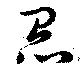
怠